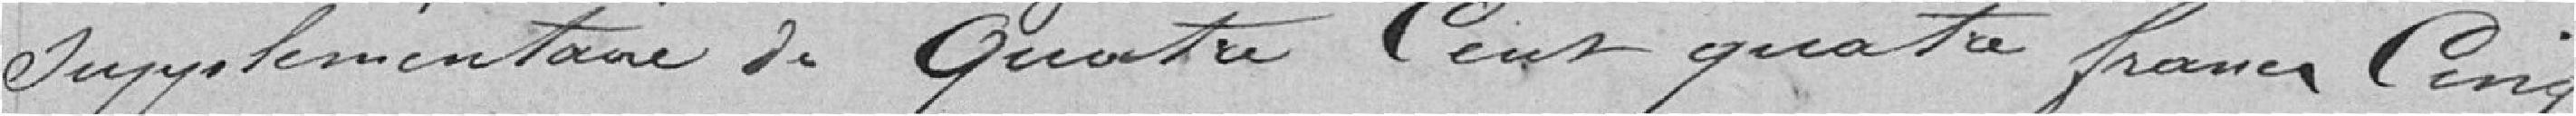
supplémentaire de Quatre Cent quatre francs Cinq